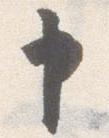
申